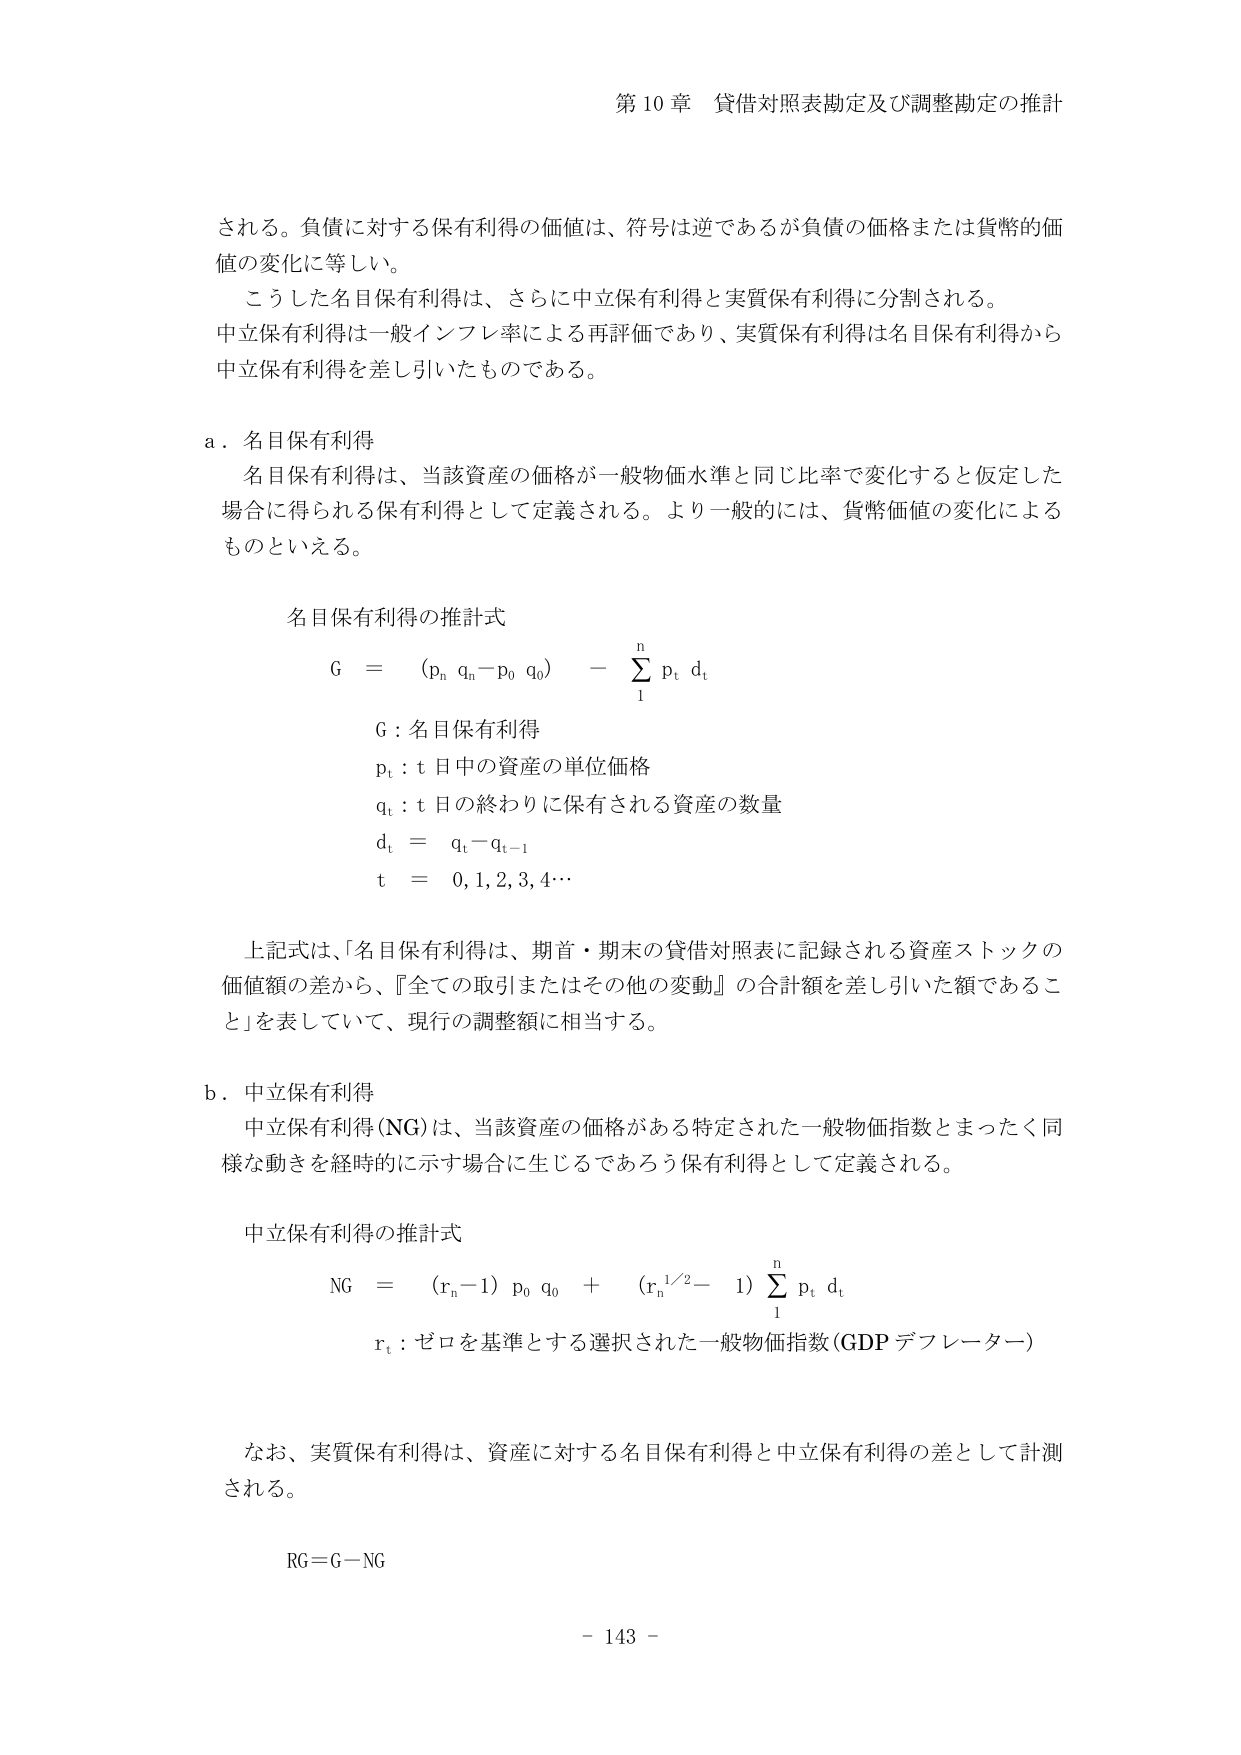
第10章 貸借対照表勘定及び調整勘定の推計

される。負債に対する保有利得の価値は、符号は逆であるが負債の価格または貨幣的価値の変化に等しい。
こうした名目保有利得は、さらに中立保有利得と実質保有利得に分割される。
中立保有利得は一般インフレ率による再評価であり、実質保有利得は名目保有利得から中立保有利得を差し引いたものである。

a．名目保有利得
名目保有利得は、当該資産の価格が一般物価水準と同じ比率で変化すると仮定した場合に得られる保有利得として定義される。より一般的には、貨幣価値の変化によるものといえる。

名目保有利得の推計式
G = (p_n q_n - p_0 q_0) - Σ(p_t d_t)  (Σの下限: 1, 上限: n)
G : 名目保有利得
p_t : t日中の資産の単位価格
q_t : t日の終わりに保有される資産の数量
d_t = q_t - q_{t-1}
t = 0, 1, 2, 3, 4…

上記式は、「名目保有利得は、期首・期末の貸借対照表に記録される資産ストックの価値額の差から、『全ての取引またはその他の変動』の合計額を差し引いた額であること」を表していて、現行の調整額に相当する。

b．中立保有利得
中立保有利得(NG)は、当該資産の価格がある特定された一般物価指数とまったく同様な動きを経時的に示す場合に生じるであろう保有利得として定義される。

中立保有利得の推計式
NG = (r_n - 1) p_0 q_0 + (r_n^{1/2} - 1) Σ(p_t d_t)  (Σの下限: 1, 上限: n)
r_t : ゼロを基準とする選択された一般物価指数(GDPデフレーター)

なお、実質保有利得は、資産に対する名目保有利得と中立保有利得の差として計測される。

RG = G - NG

- 143 -